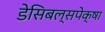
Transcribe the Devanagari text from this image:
डेसिबल्सपेक्षा